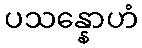
ပသန္နောဟံ